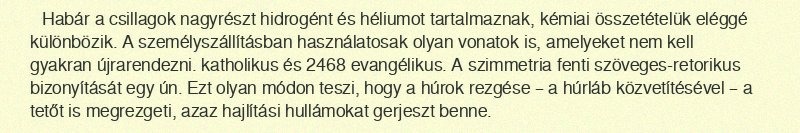
Habár a csillagok nagyrészt hidrogént és héliumot tartalmaznak, kémiai összetételük eléggé különbözik. A személyszállításban használatosak olyan vonatok is, amelyeket nem kell gyakran újrarendezni. katholikus és 2468 evangélikus. A szimmetria fenti szöveges-retorikus bizonyítását egy ún. Ezt olyan módon teszi, hogy a húrok rezgése – a húrláb közvetítésével – a tetőt is megrezgeti, azaz hajlítási hullámokat gerjeszt benne.